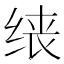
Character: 𫄪